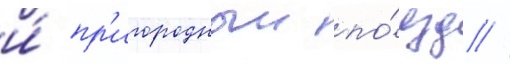
и́ пр'игородныи по́езд //